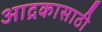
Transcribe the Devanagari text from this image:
आद्रकासाठी